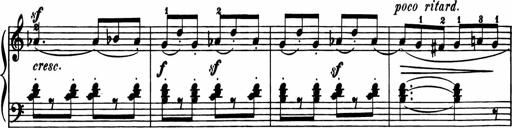
Title: 11 Sonatinas for Piano Solo
Composer: Anton Diabelli